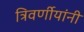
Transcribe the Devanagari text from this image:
त्रिवर्णीयांनी